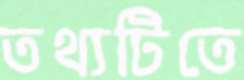
তথ্যটিতে